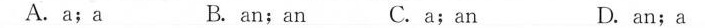
A.a;a B. an;an C.a;an D.an;a